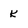
Character: k